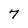
Character: 7